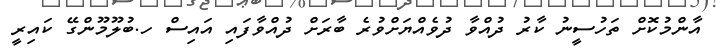
އާންމުކޮށް ތަހުސީނު ކާރު ދުއްވާ ދުވެއްޔަށްވުރެ ބާރަށް ދުއްވާފައި އައިސް ހ.ބުލޫމޫންގޭ ކައިރީ